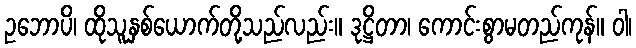
ဥဘောပိ၊ ထိုသူနှစ်ယောက်တို့သည်လည်း။ ဒုဋ္ဌိတာ၊ ကောင်းစွာမတည်ကုန်။ ဝါ၊